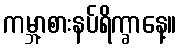
ကမ္ဘာ့စားနပ်ရိက္ခာနေ့။